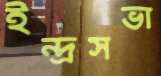
ইন্দ্রসভা